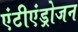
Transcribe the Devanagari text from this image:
एंटीएंड्रोजन